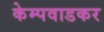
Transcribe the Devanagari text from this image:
केम्पवाडकर